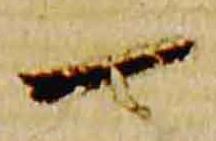
一